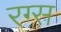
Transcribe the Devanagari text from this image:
रग्स